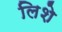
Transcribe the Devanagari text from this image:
लिशे